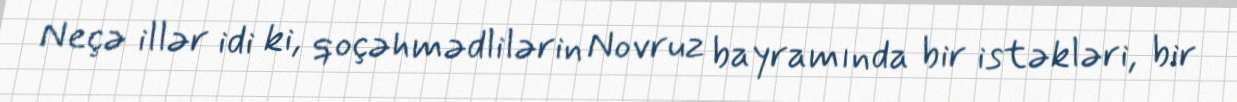
Neçə illər idi ki, qoçəhmədlilərin Novruz bayramında bir istəkləri, bir